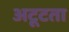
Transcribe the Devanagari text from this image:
अटूटता